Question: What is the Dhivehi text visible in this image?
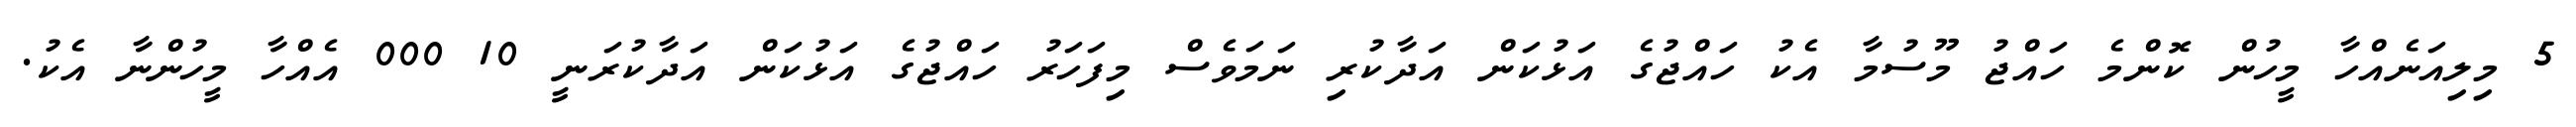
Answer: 5 މިލިއަނެއްހާ މީހުން ކޮންމެ ހައްޖު މޫސުމާ އެކު ހައްޖުގެ އަޅުކަން އަދާކުރި ނަމަވެސް މިފަހަރު ހައްޖުގެ އަޅުކަން އަދާކުރަނީ 10 000 އެއްހާ މީހުންނާ އެކު.